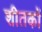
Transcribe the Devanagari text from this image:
शीतकों